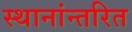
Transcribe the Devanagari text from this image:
स्थानांन्तरित